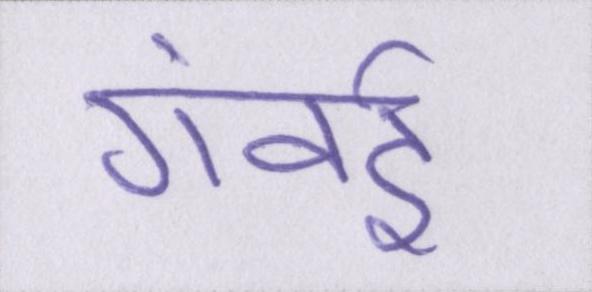
गंवई